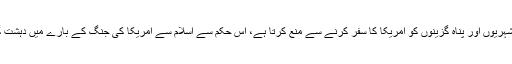
اس خط میں آیا ہے کہ یہ آرڈر کچھ اسلامی ممالک کے شہریوں اور پناہ گزینوں کو امریکا کا سفر کرنے سے منع کرتا ہے، اس حکم سے اسلام سے امریکا کی جنگ کے بارے میں دہشت گرد گروہ داعش کے پروپیگینڈے کو مضبوطی ملے گی۔